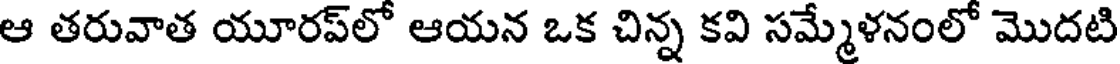
ఆ తరువాత యూరప్లో ఆయన ఒక చిన్న కవి సమ్మేళనంలో మొదటి